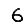
Digit: 6